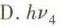
D.hv_{4}